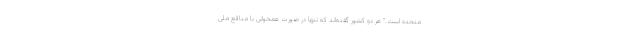
متحده است." هر دو کشور گفته‌اند که تنها در صورت همخوانی با منافع ملی